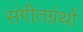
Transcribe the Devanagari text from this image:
संगीतग्रंथों